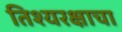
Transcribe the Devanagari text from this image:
तिश्यरक्षाचा